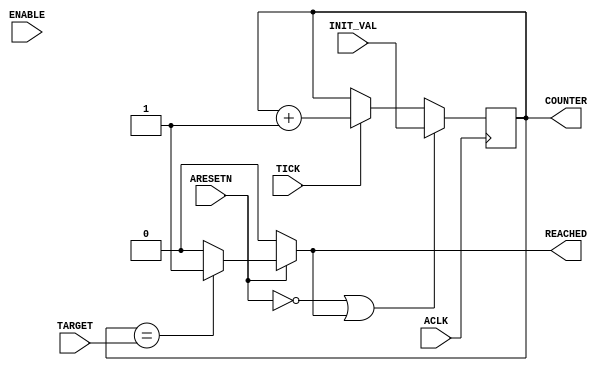

/****************************************************************************
 * event_counter.v
 * (c) 2018 Lucas Brasilino <lucas.brasilino@gmail.com>
 ****************************************************************************/


/**
 * Module: event_counter
 *
 *  A flexible event counter
 */

`timescale 1 ns / 1 ns
`define TRUE 1'b1
`define FALSE 1'b0

module event_counter #(
        parameter integer TARGET_WIDTH        = 4,
        parameter integer EVENT_IS_CLOCK      = 0,
        parameter integer HAS_ENABLE          = 0,
        parameter integer RESET_IF_REACHED    = 1
        ) (
        input wire                            ACLK,
        input wire                            ARESETN,
        input wire                            ENABLE,

        input  wire  [TARGET_WIDTH-1 : 0]     INIT_VAL,
        input  wire  [TARGET_WIDTH-1 : 0]     TARGET,
        input  wire                           TICK,
        output wire                           REACHED,
        output wire  [TARGET_WIDTH-1 : 0]     COUNTER
        );

    reg  [TARGET_WIDTH-1 : 0]                 counter_r;
    wire [TARGET_WIDTH : 0]                   counter_plus1;
    wire                                      tick;
    wire                                      enable;
    reg                                       reached;
    wire                                      rst_reached;

    /* generate what is tick */
    generate
        if (EVENT_IS_CLOCK == 1)
            assign tick = `TRUE;
        else
            assign tick = TICK;
    endgenerate

    /* generate enable */
    generate
        if (HAS_ENABLE == 1)
            assign enable = ENABLE;
        else
            assign enable = `TRUE;
    endgenerate

    /* generate reset if reached */
    generate
        if (RESET_IF_REACHED == 1)
            assign rst_reached = REACHED;
        else
            assign rst_reached = `FALSE;
    endgenerate

    assign REACHED = reached;
    assign COUNTER = counter_r;
    assign counter_plus1 = counter_r + 1'b1;

    always @(*) begin : RESET_REACHED
        if (~ARESETN)
            reached = `FALSE;
        else
            reached = (counter_r == TARGET) ? `TRUE : `FALSE;
    end//always

    always @(posedge ACLK) begin
        if (~ARESETN || rst_reached) begin
            counter_r <= INIT_VAL;
        end else
        if (enable)
            counter_r <= (tick == `TRUE) ? counter_plus1 : counter_r;
    end//always
endmodule